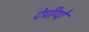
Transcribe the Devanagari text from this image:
टेपीयो